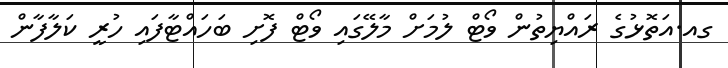
ގއ.އަތޮޅުގެ ރައްޔިތުން ވޯޓް ލުމަށް މާލޭގައި ވޯޓް ފޮށި ބަހައްޓާފައި ހުރީ ކަލާފާން